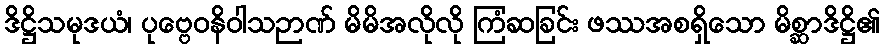
ဒိဋ္ဌိသမုဒယံ၊ ပုဗ္ဗေဝနိဝါသဉာဏ် မိမိအလိုလို ကြံဆခြင်း ဖဿအစရှိသော မိစ္ဆာဒိဋ္ဌိ၏